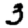
Digit: 3